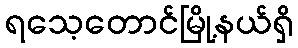
ရသေ့တောင်မြို့နယ်ရှိ